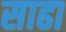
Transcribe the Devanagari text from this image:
साढा